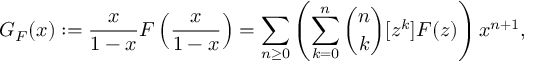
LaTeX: G _ { F } ( x ) : = { \frac { x } { 1 - x } } F \left( { \frac { x } { 1 - x } } \right) = \sum _ { n \geq 0 } \left( \sum _ { k = 0 } ^ { n } { \binom { n } { k } } [ z ^ { k } ] F ( z ) \right) x ^ { n + 1 } ,